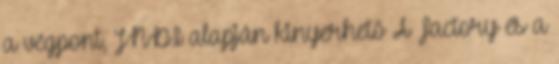
a végpont, JNDI alapján kinyerhető A Factory és a